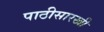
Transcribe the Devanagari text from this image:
पाठीसारखी